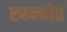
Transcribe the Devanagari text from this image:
स्त्रन्गेर